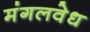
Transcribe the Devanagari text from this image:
मंगलवेध